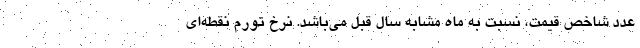
عدد شاخص قیمت، نسبت به ماه مشابه سال قبل می‌باشد. نرخ تورم نقطه‌ای